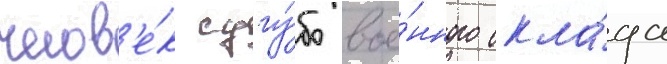
челов'е́к сугу́бо вое́нного скла́да